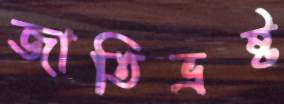
জাতিভ্রষ্ট